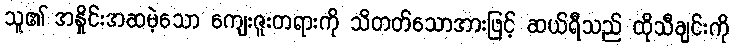
သူ၏ အနှိုင်းအဆမဲ့သော ကျေးဇူးတရားကို သိတတ်သောအားဖြင့် ဆယ်ရီသည် ထိုသီချင်းကို